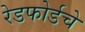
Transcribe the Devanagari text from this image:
रेडफोर्डचे